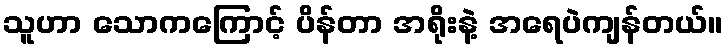
သူဟာ သောကကြောင့် ပိန်တာ အရိုးနဲ့ အရေပဲကျန်တယ်။